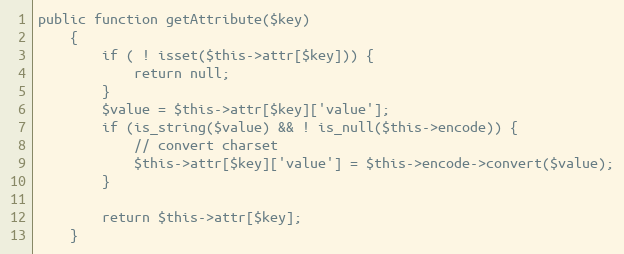
Language: PHP
public function getAttribute($key)
    {
        if ( ! isset($this->attr[$key])) {
            return null;
        }
        $value = $this->attr[$key]['value'];
        if (is_string($value) && ! is_null($this->encode)) {
            // convert charset
            $this->attr[$key]['value'] = $this->encode->convert($value);
        }

        return $this->attr[$key];
    }